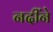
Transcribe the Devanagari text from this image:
नदींने